Report on the working of the Ranchi Indian Mental Hospital, Kanke, in Bihar and Orissa - 1930-1940
Year: 1930
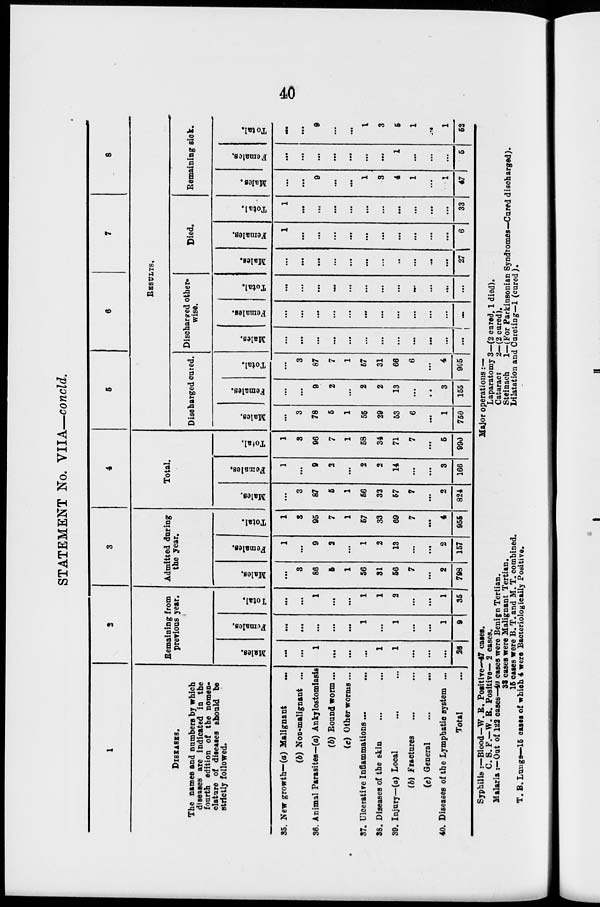
40
STATEMENT No. VIIA—concld.
1
DISEASES.
The names and numbers by which
diseases are indicated in the
fourth edition of the nomen-
clature of diseases should be
strictly followed.
35. New growth—(a) Malignant
...
(b) Non-malignant ...
36. Animal Parasites—(a) Ankylostomiasis
(b) Round worm...
(c) Other worms ...
37. Ulcerative Inflammations ...
...
38. Diseases of the skin ... ...
39. Injury—(a) Local ... ...
(b) Fractures ... ...
(c) General ... ...
40. Diseases of the Lymphatic system ...
Total ...
2
Remaining from
previous year.
Males.
...
...
1
...
...
...
1
1
...
...
...
26
Females.
...
...
...
...
...
1
...
1
...
...
1
9
Total.
...
...
1
...
...
1
1
2
...
...
1
35
3
Admitted during
the year.
Males.
...
3
86
5
1
56
31
56
7
...
2
798
Females.
1
...
9
2
...
1
2
13
...
...
2
157
Total.
1
3
95
7
1
57
33
69
7
...
4
955
4
Total.
Males.
...
3
87
5
1
56
32
57
7
...
2
824
Females.
1
...
9
2
...
2
2
14
...
...
3
166
Total.
1
3
96
7
1
58
34
71
7
...
5
990
5
6
7
8
RESULTS.
Discharged cured.
Males.
...
3
78
5
1
55
29
53
6
...
1
750
Females.
...
...
9
2
...
2
2
13
...
...
3
155
Total.
...
3
87
7
1
57
31
66
6
...
4
905
Discharged other-
wise.
Males.
...
...
...
....
...
...
...
...
...
...
...
...
Females.
...
...
...
...
...
...
...
...
...
...
...
...
Total.
...
...
...
...
...
...
...
...
...
...
...
...
Died.
Males.
...
...
...
...
...
...
...
...
...
...
...
27
Females.
1
...
...
...
...
...
...
...
...
...
...
6
Total.
1
...
...
...
...
...
...
...
...
...
...
33
Remaining sick.
Males.
...
...
9
...
...
1
3
4
1
...
1
47
Females.
...
...
...
...
...
...
...
1
...
...
...
5
Total.
...
...
9
...
...
1
3
5
1
...
1
52
Syphilis :—Blood—W. B. Positive—47 cases.
C. S.F.—W. R. Positive— 2 cases.
Malaria :—Out of 122 cases—40 cases were Benign Tertian.
33 cases were Malignant Tertian.
15 cases were B. T. and M. T. combined.
T. B. Lungs—15 cases of which 4 were Bacteriologically Positive.
Major operations :—
Laparatomy 3—(2 cured, 1 died).
Cataract
2—(2 cured).
Steinach
1—(For Parkinsonian Syndromes—Cured discharged).
Dilatation and Cureting—1 (cured).